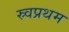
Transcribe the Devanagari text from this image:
स्र्वप्रथम